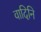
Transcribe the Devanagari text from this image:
वादिनि